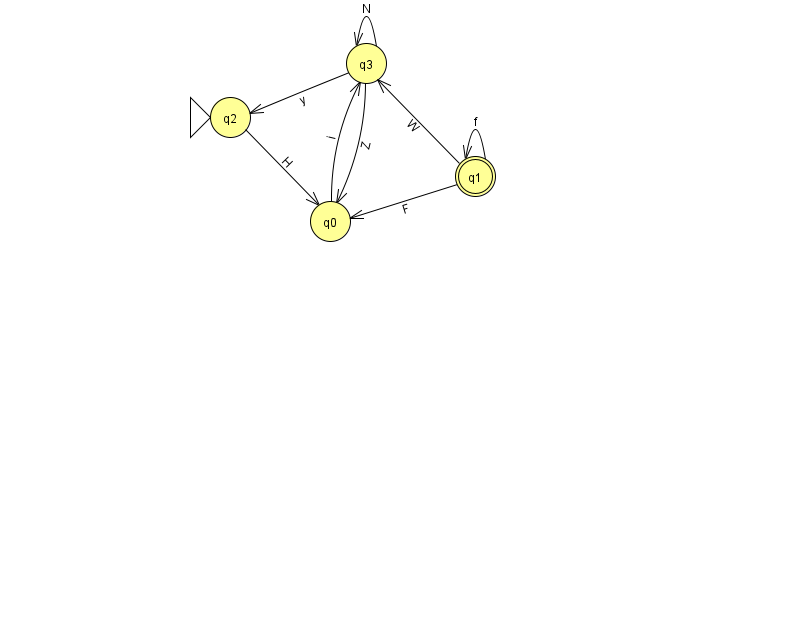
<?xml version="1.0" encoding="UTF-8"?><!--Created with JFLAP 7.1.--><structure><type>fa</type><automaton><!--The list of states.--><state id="0" name="q0"><x>330.0</x><y>208.0</y></state><state id="1" name="q1"><x>475.0</x><y>163.0</y><final/></state><state id="2" name="q2"><x>230.0</x><y>104.0</y><initial/></state><state id="3" name="q3"><x>366.0</x><y>50.0</y></state><!--The list of transitions.--><transition><from>3</from><to>2</to><read>y</read></transition><transition><from>1</from><to>1</to><read>f</read></transition><transition><from>2</from><to>0</to><read>H</read></transition><transition><from>1</from><to>0</to><read>F</read></transition><transition><from>1</from><to>3</to><read>W</read></transition><transition><from>3</from><to>0</to><read>Z</read></transition><transition><from>0</from><to>3</to><read>i</read></transition><transition><from>3</from><to>3</to><read>N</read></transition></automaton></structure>